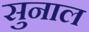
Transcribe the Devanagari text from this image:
सुनाल